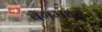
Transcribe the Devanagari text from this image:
बॅगमध्ये